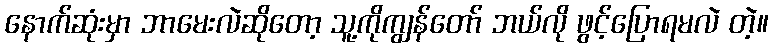
နောက်ဆုံးမှာ ဘာမေးလဲဆိုတော့ သူ့ကိုကျွန်တော် ဘယ်လို ဖွင့်ပြောရမလဲ တဲ့။